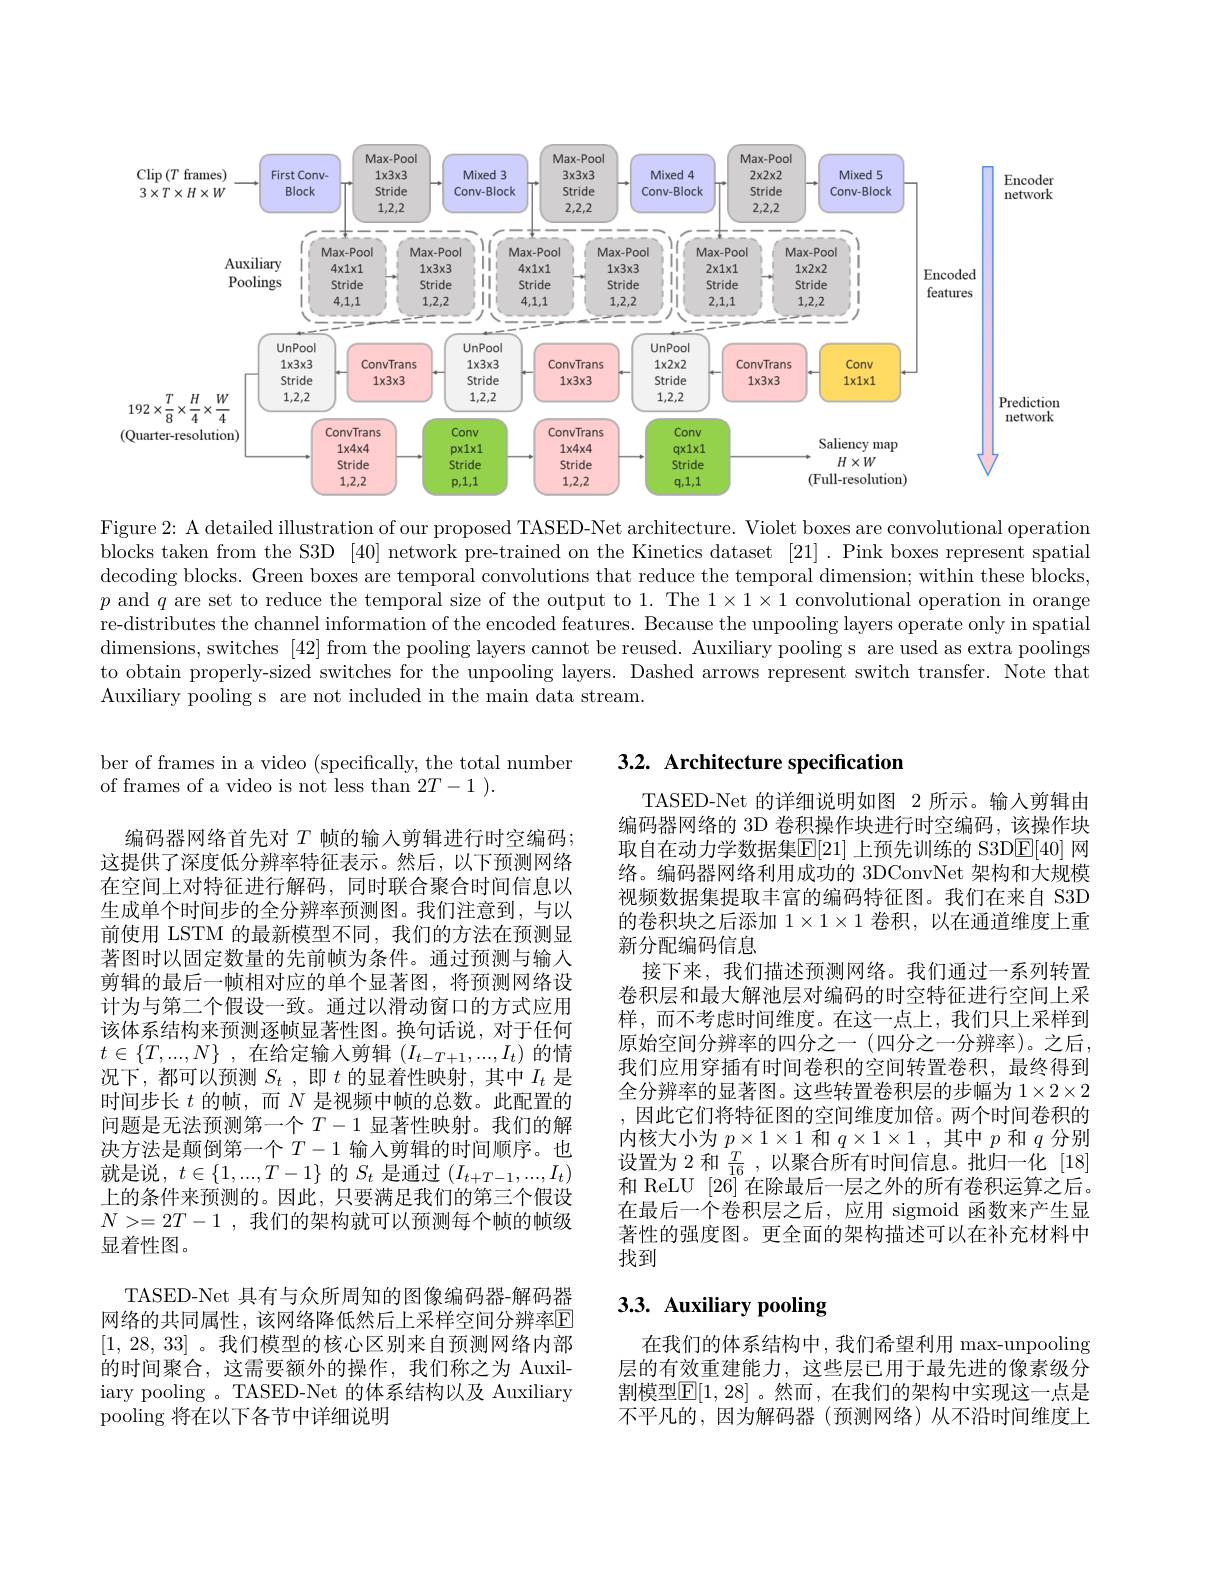
<FigureHere>

Figure 2: A detailed illustration of our proposed TASED-Net architecture. Violet boxes are convolutional operation blocks taken from the S3D [40] network pre-trained on the Kinetics dataset [21]. Pink boxes represent spatial decoding blocks. Green boxes are temporal convolutions that reduce the temporal dimension; within these blocks, $p$ and $q$ are set to reduce the temporal size of the output to 1. The $1\times1\times1\times1$ convolutional operation in orange re-distributes the channel information of the encoded features. Because the unpooling layers operate only in spatial dimensions, switches [ 42] from the pooling layers cannot be reused. Auxiliary pooling s are used as extra poolings to obtain properly-sized switches for the unpooling layers. Dashed arrows represent switch transfer. Note that Auxiliary pooling s are not included in the main data stream.

# 3.2. Architecture specification

ber of frames in a video (specifically, the total number
of frames of a video is not less than $2T-1).$

TASED-Net 的详细说明如图 2 所示。输入剪辑由编码器网络的 3D 卷积操作块进行时空编码，该操作块取自在动力学数据集$\mathbb{E}[21]$ 上预先训练的 S3D$\mathbb{E}[40]$ 网络。编码器网络利用成功的 3DConvNet 架构和大规模视频数据集提取丰富的编码特征图。我们在来自 S3D 的卷积块之后添加$1\times1\times1$卷积，以在通道维度上重新分配编码信息
接下来，我们描述预测网络。我们通过一系列转置卷积层和最大解池层对编码的时空特征进行空间上采样，而不考虑时间维度。在这一点上，我们只上采样到原始空间分辨率的四分之一(四分之一分辨率)。之后， 我们应用穿插有时间卷积的空间转置卷积，最终得到全分辨率的显著图。这些转置卷积层的步幅为$1\times2\times2$ ,因此它们将特征图的空间维度加倍。两个时间卷积的内核大小为$p\times1\times1$和$q\times1\times1$,其中$p$和$q$分别设置为 2 和$\frac T{16}$,以聚合所有时间信息。批归一化[18] 和 ReLU $|2\tilde{6}|$在除最后一层之外的所有卷积运算之后。在最后一个卷积层之后，应用 sigmoid 函数来产生显著性的强度图。更全面的架构描述可以在补充材料中找到

编码器网络首先对$T$帧的输入剪辑进行时空编码； 这提供了深度低分辨率特征表示。然后，以下预测网络在空间上对特征进行解码，同时联合聚合时间信息以生成单个时间步的全分辨率预测图。我们注意到，与以前使用 LSTM 的最新模型不同，我们的方法在预测显著图时以固定数量的先前帧为条件。通过预测与输入剪辑的最后一帧相对应的单个显著图，将预测网络设计为与第二个假设一致。通过以滑动窗口的方式应用该体系结构来预测逐帧显著性图。换句话说，对于任何$t\in\{T,...,N\}$ ,在给定输入剪辑$(I_t-T+1,...,I_t)$的情况下，都可以预测$S_t$ ,即$t$的显着性映射，其中$I_t$是时间步长$t$ 的帧，而$N$ 是视频中帧的总数。此配置的问题是无法预测第一个$T-1$显著性映射。我们的解决方法是颠倒第一个$T-1$输入剪辑的时间顺序。也就是说，$t\in\{1,...,T-1\}$的$S_t$是通过$(I_t+T-1,...,I_t)$ 上的条件来预测的。因此，只要满足我们的第三个假设$N>=2T-1$ ,我们的架构就可以预测每个帧的帧级显着性图。
TASED-Net 具有与众所周知的图像编码器-解码器网络的共同属性，该网络降低然后上采样空间分辨率E [1,28,33]。我们模型的核心区别来自预测网络内部的时间聚合，这需要额外的操作，我们称之为 Auxiliary pooling 。TASED-Net 的体系结构以及 Auxiliary pooling 将在以下各节中详细说明

# 3.3. Auxiliary pooling

在我们的体系结构中，我们希望利用 max-unpooling 层的有效重建能力，这些层已用于最先进的像素级分割模型$\mathbb{E}[1,28]$ 。然而 ,在我们的架构中实现这一点是不平凡的，因为解码器(预测网络)从不沿时间维度上